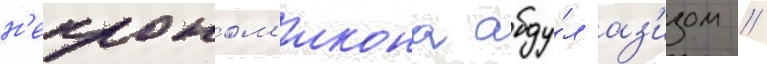
н'екроном'икона абду́л аз'изом //